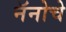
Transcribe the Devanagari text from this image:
नॅनोचे